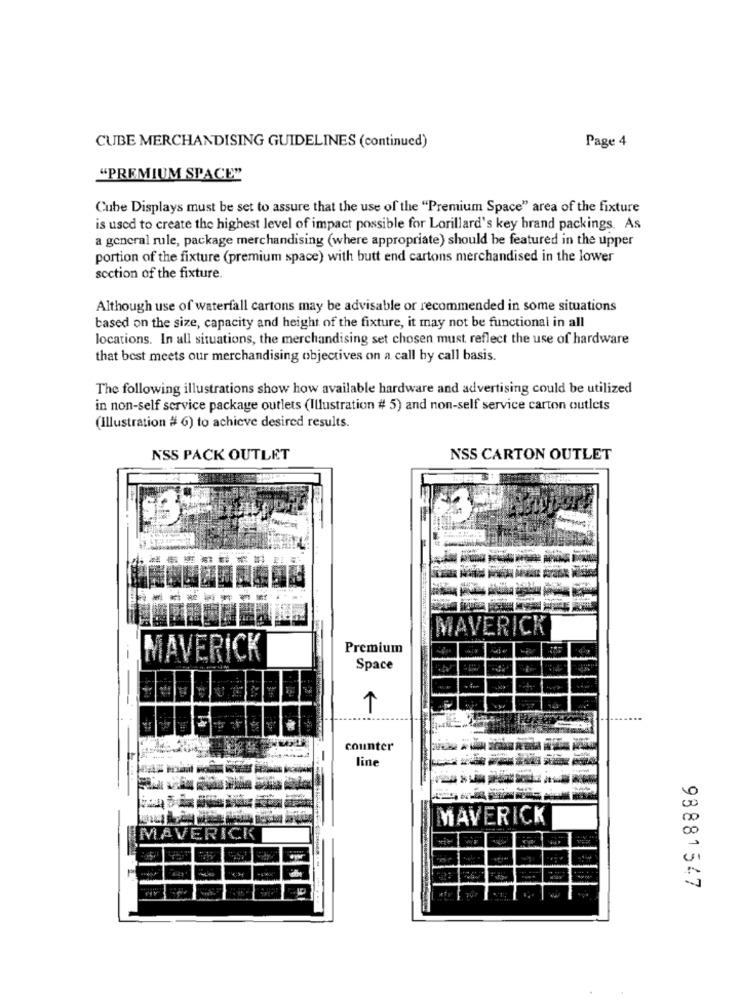
CUBE MERCHANDISING GUIDELINES (continued)
Page 4
"PREMIUM SPACE"
Cube Displays must be set to assure that the use of the "Premium Space" area of the fixture
is used to create the highest level of impact possible for Lorillard's key brand packings. As
a general rule, package merchandising (where appropriate) should be featured in the upper
portion of the fixture (premium space) with butt end cartons merchandised in the lower
section of the fixture.
Although use of waterfall cartons may be advisable or recommended in some situations
based on the size, capacity and height of the fixture, it may not be functional in all
locations. In all situations, the merchandising set chosen must reflect the use of hardware
that best meets our merchandising objectives on a call by call basis.
The following illustrations show how available hardware and advertising could be utilized
in non-self service package outlets (Illustration # 5) and non-self service carton outlets
(Illustration # 6) to achieve desired results.
NSS PACK OUTLET
NSS CARTON OUTLET
MAVERICK
Premium
MAVERICK
Space
1
counter
line
MAVERICK
00
U
98881547